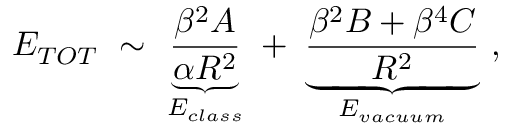
E _ { T O T } \ \sim \ \underbrace { \frac { \beta ^ { 2 } { \cal A } } { \alpha R ^ { 2 } } } _ { E _ { c l a s s } } \ + \ \underbrace { \frac { \beta ^ { 2 } { \cal B } + \beta ^ { 4 } { \cal C } } { R ^ { 2 } } } _ { E _ { v a c u u m } } \ ,